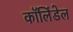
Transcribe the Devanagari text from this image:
कॉलिंडेल